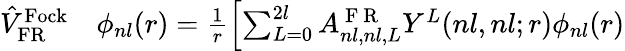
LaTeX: \begin{array}{rl}{\hat{V}_{\mathrm{FR}}^{\mathrm{Fock}}}&{{}\phi_{nl}(r)=\frac{1}{r}\left[\sum_{L=0}^{2l}A_{nl,nl,L}^{\mathrm{~F~R~}}Y^{L}(nl,nl;r)\phi_{nl}(r)\right.}\end{array}